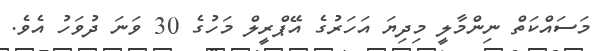
މަސައްކަތް ނިންމާލީ މިދިޔަ އަހަރުގެ އޭޕްރީލް މަހުގެ 30 ވަނަ ދުވަހު އެވެ.